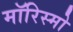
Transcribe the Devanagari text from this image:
मॉरिस्मो